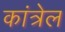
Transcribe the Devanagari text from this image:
कांत्रेल